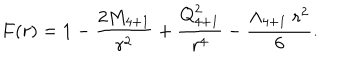
F ( r ) = 1 - { \frac { 2 M _ { 4 + 1 } } { r ^ { 2 } } } + { \frac { Q _ { 4 + 1 } ^ { 2 } } { r ^ { 4 } } } - { \frac { \Lambda _ { 4 + 1 } \; r ^ { 2 } } { 6 } } .